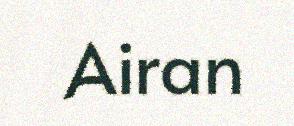
Airan